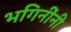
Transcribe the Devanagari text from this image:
भगिनींनी